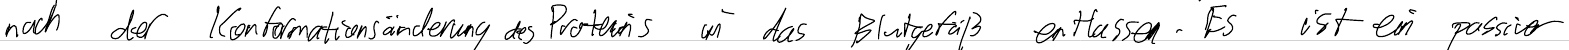
nach der Konformationsänderung des Proteins in das Blutgefäß entlassen. Es ist ein passiver